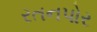
રતનપોર